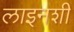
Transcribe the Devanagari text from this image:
लाइनशी